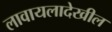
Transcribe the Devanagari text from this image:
लावायलादेखील